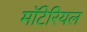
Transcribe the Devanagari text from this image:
मॉटेरियल